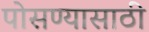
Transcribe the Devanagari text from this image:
पोसण्यासाठी